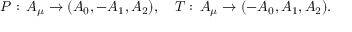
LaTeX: P : \, A _ { \mu } \rightarrow ( A _ { 0 } , - A _ { 1 } , A _ { 2 } ) , \quad T : \, A _ { \mu } \rightarrow ( - A _ { 0 } , A _ { 1 } , A _ { 2 } ) .